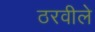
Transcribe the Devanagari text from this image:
ठरवीले